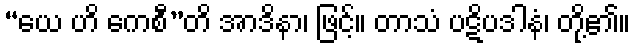
“ယေ ဟိ ကေစီ”တိ အာဒိနာ၊ ဖြင့်။ တာသံ ပဋိပဒါနံ၊ တို့၏။